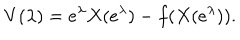
V ( \lambda ) = e ^ { \lambda } X ( e ^ { \lambda } ) - f ( X ( e ^ { \lambda } ) ) .